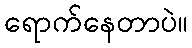
ရောက်နေတာပဲ။